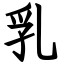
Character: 乳